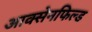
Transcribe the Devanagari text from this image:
आक्सेनफिल्ड